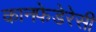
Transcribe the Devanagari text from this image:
कानफेडेरेसी